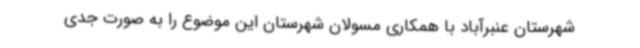
شهرستان عنبرآباد با همکاری مسولان شهرستان این موضوع را به صورت جدی